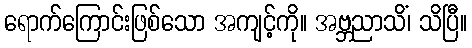
ရောက်ကြောင်းဖြစ်သော အကျင့်ကို။ အဗ္ဘညာသိံ၊ သိပြီ။